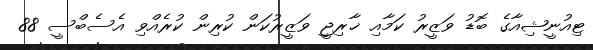
ޓިއުނީޝިއާގެ ބޮޑު ވަޒީރު ކަމާއި ޚާރިޖީ ވަޒީރުކަން ކުރިން ކުރެއްވި އެސެބްސީ 88